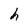
Character: h